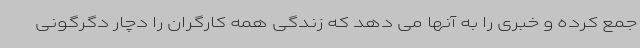
جمع کرده و خبری را به آنها می دهد که زندگی همه کارگران را دچار دگرگونی